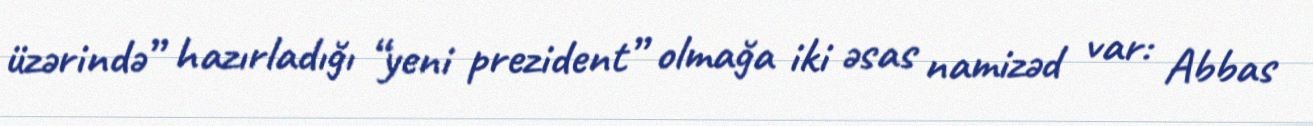
üzərində” hazırladığı “yeni prezident” olmağa iki əsas namizəd var: Abbas